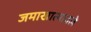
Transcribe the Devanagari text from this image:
जमाखात्यातले